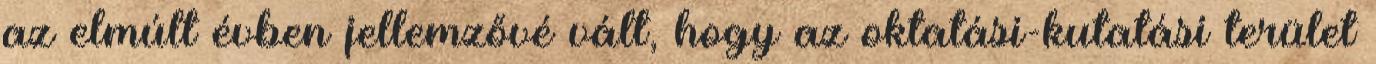
az elmúlt évben jellemzővé vált, hogy az oktatási-kutatási terület